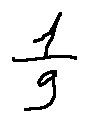
\frac { 1 } { g }